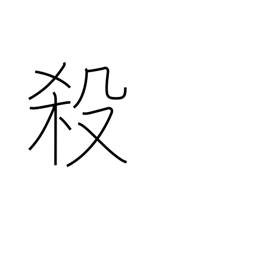
Meaning: butcher